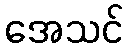
အေသင်